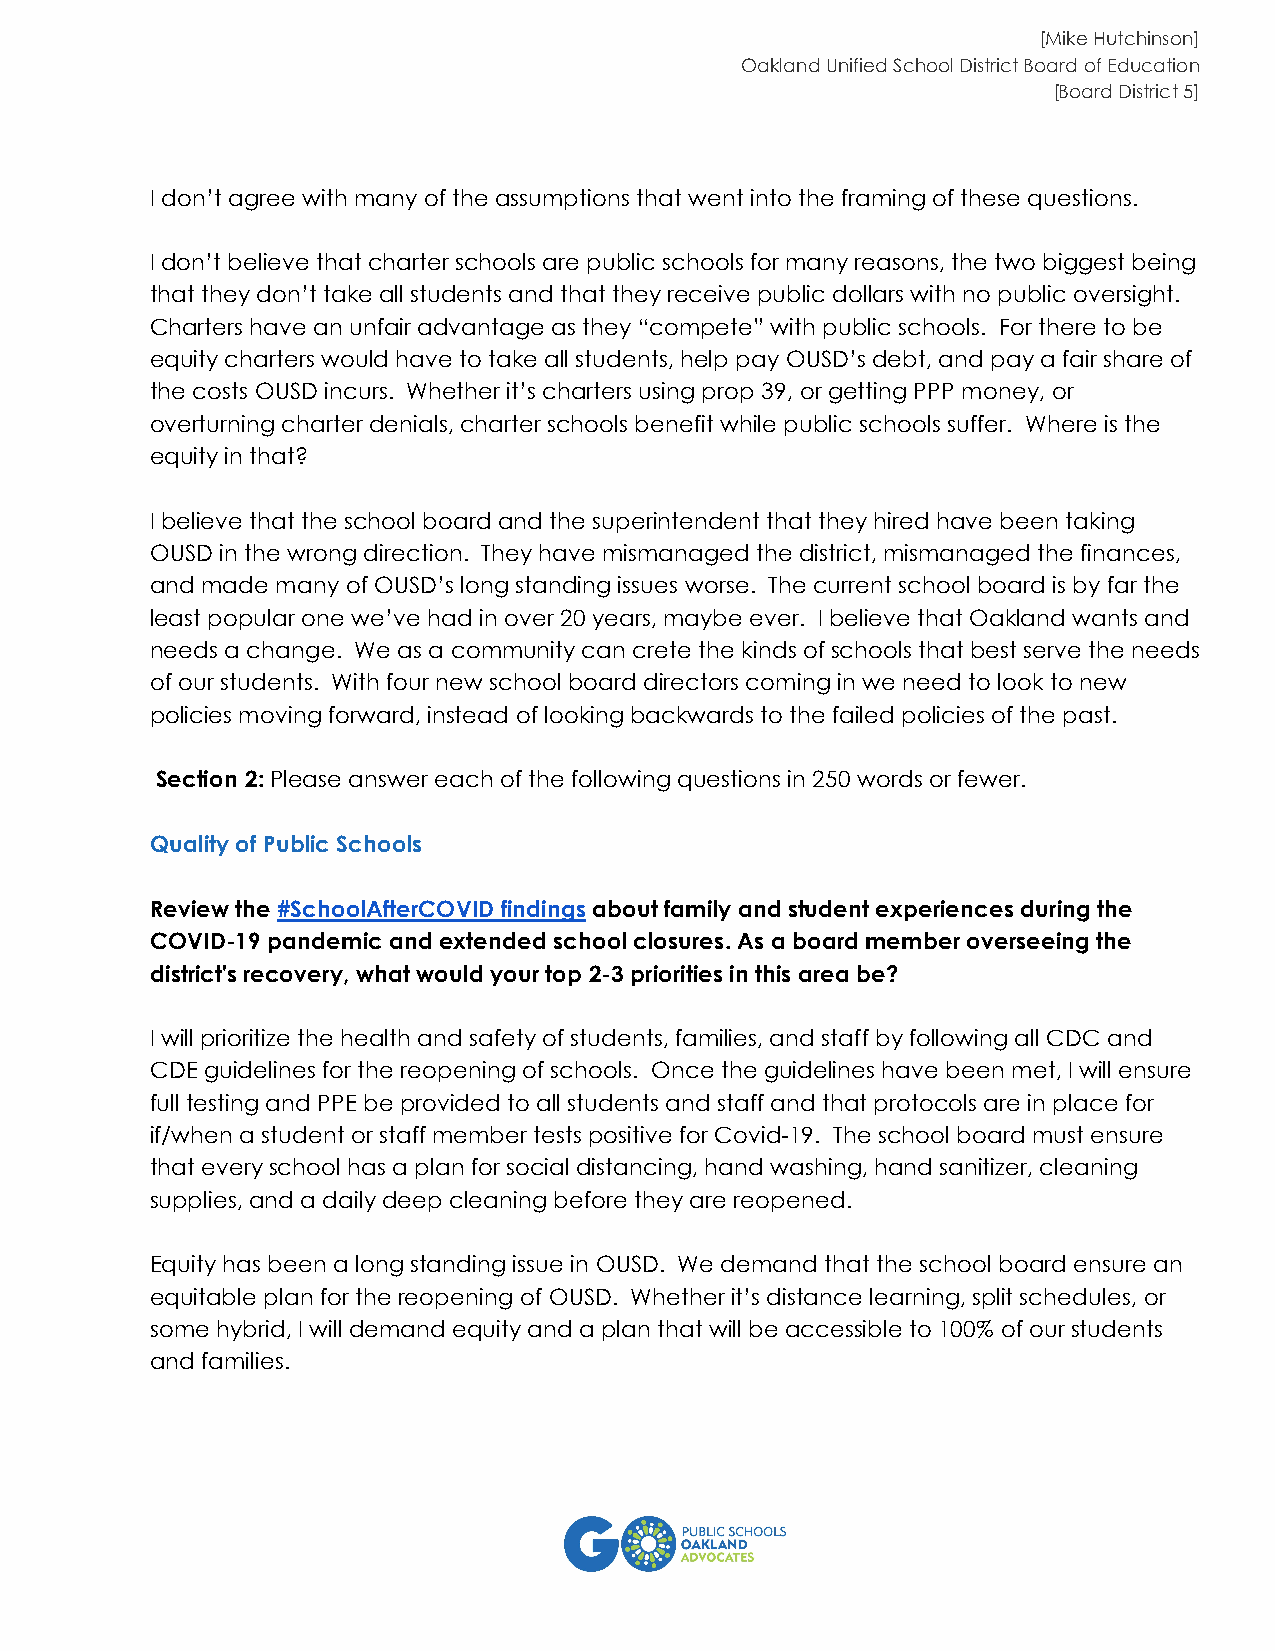
[Mike Hutchinson]
 Oakland Unified School District Board of Education
 [Board District 5]
 I don’t agree with many of the assumptions that went into the framing of these questions.
 I don’t believe that charter schools are public schools for many reasons, the two biggest being
 that they don’t take all students and that they receive public dollars with no public oversight.
 Charters have an unfair advantage as they “compete” with public schools. For there to be
 equity charters would have to take all students, help pay OUSD’s debt, and pay a fair share of
 the costs OUSD incurs. Whether it’s charters using prop 39, or getting PPP money, or
 overturning charter denials, charter schools benefit while public schools suffer. Where is the
 equity in that?
 I believe that the school board and the superintendent that they hired have been taking
 OUSD in the wrong direction. They have mismanaged the district, mismanaged the finances,
 and made many of OUSD’s long standing issues worse. The current school board is by far the
 least popular one we’ve had in over 20 years, maybe ever. I believe that Oakland wants and
 needs a change. We as a community can crete the kinds of schools that best serve the needs
 of our students. With four new school board directors coming in we need to look to new
 policies moving forward, instead of looking backwards to the failed policies of the past.
 Section 2: Please answer each of the following questions in 250 words or fewer.
 Quality of Public Schools
 Review the #SchoolAfterCOVID findings about family and student experiences during the
 COVID-19 pandemic and extended school closures. As a board member overseeing the
 district's recovery, what would your top 2-3 priorities in this area be?
 I will prioritize the health and safety of students, families, and staff by following all CDC and
 CDE guidelines for the reopening of schools. Once the guidelines have been met, I will ensure
 full testing and PPE be provided to all students and staff and that protocols are in place for
 if/when a student or staff member tests positive for Covid-19. The school board must ensure
 that every school has a plan for social distancing, hand washing, hand sanitizer, cleaning
 supplies, and a daily deep cleaning before they are reopened.
 Equity has been a long standing issue in OUSD. We demand that the school board ensure an
 equitable plan for the reopening of OUSD. Whether it’s distance learning, split schedules, or
 some hybrid, I will demand equity and a plan that will be accessible to 100% of our students
 and families.